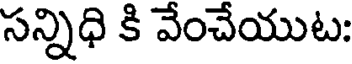
సన్నిధి కి వేంచేయుట: